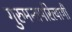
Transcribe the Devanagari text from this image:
गुरुमन्त्रपरित्यागी